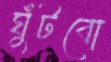
ঘুঁটবো